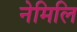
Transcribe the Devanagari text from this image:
नेमिलि